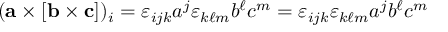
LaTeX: ( \mathbf { a } \times [ \mathbf { b } \times \mathbf { c } ] ) _ { i } = \varepsilon _ { i j k } a ^ { j } \varepsilon _ { k \ell m } b ^ { \ell } c ^ { m } = \varepsilon _ { i j k } \varepsilon _ { k \ell m } a ^ { j } b ^ { \ell } c ^ { m }